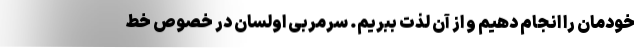
خودمان را انجام دهیم و از آن لذت ببریم. سرمربی اولسان در خصوص خط